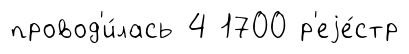
провод'и́лась 4 1700 р'еjе́стр